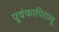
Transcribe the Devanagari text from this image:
पूवंकापिराम्बू